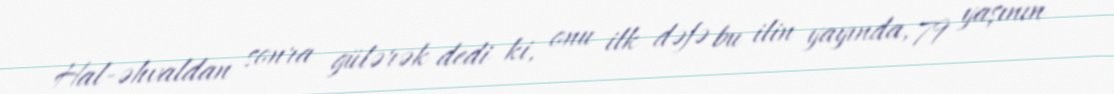
Hal-əhvaldan sonra gülərək dedi ki, onu ilk dəfə bu ilin yayında, 79 yaşının